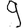
Digit: 9